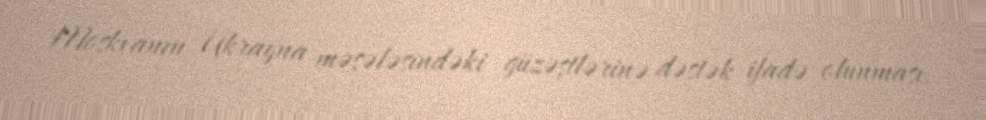
Moskvanın Ukrayna məsələsindəki güzəştlərinə dəstək ifadə olunması.